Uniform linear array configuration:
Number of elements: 24
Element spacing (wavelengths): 0.75
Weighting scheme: hamming
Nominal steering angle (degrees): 60
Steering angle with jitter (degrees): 61.571
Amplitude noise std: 0.05
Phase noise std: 0.05

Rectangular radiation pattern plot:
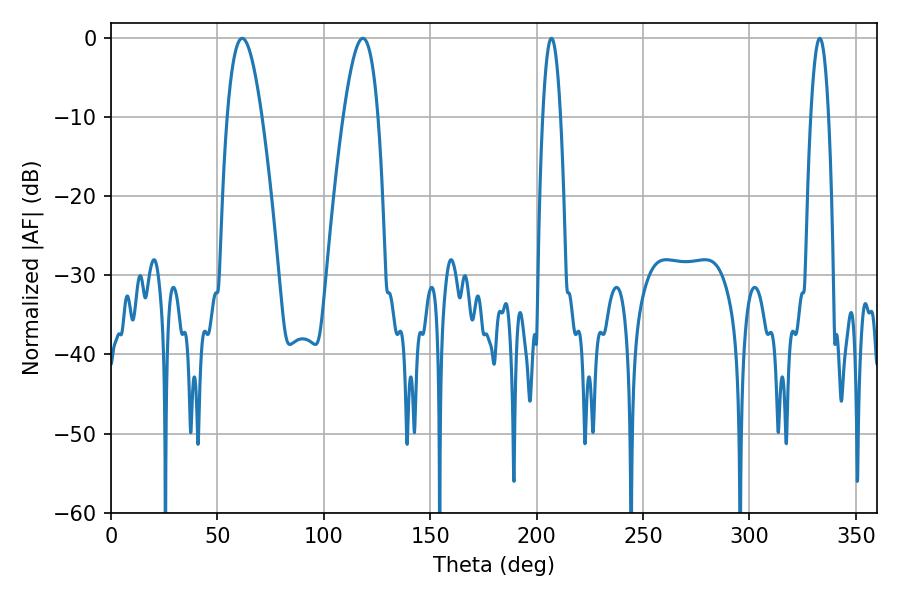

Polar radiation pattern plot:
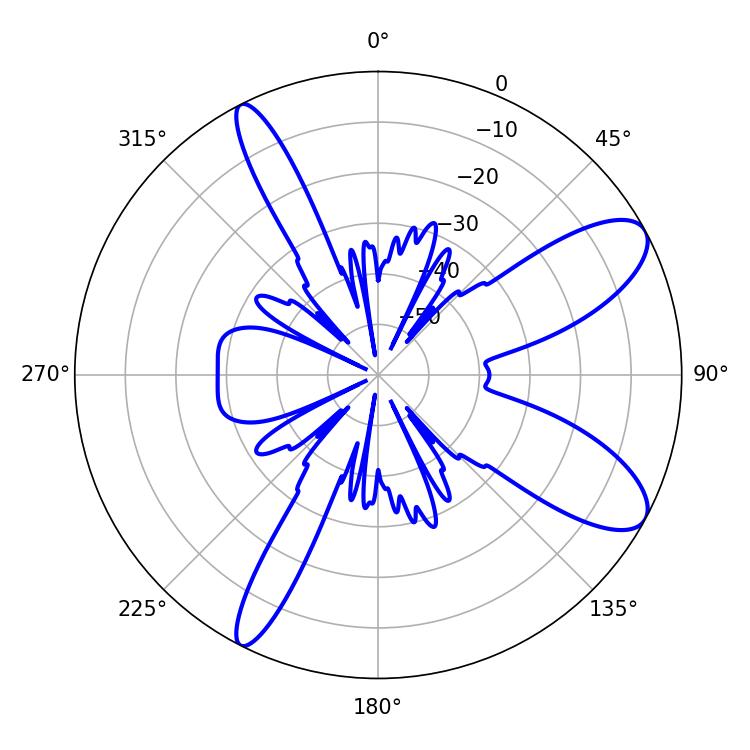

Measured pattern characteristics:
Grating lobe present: TRUE
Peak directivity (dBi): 9.65
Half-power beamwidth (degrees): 4.68
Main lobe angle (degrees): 207